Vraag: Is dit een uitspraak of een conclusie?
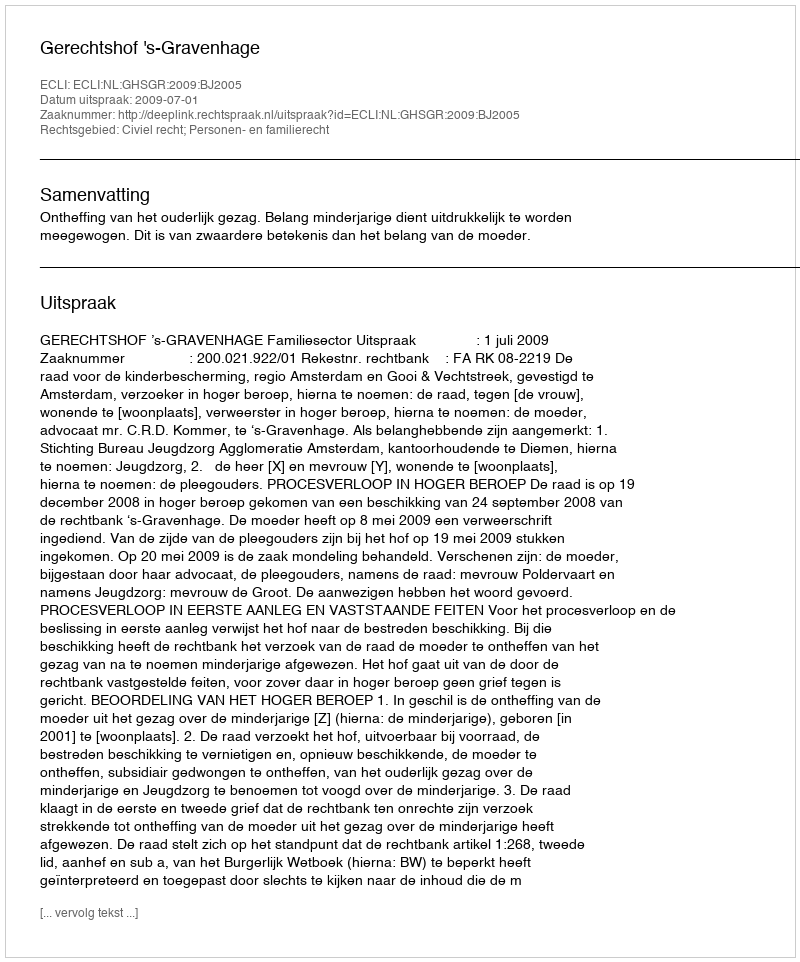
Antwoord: Uitspraak